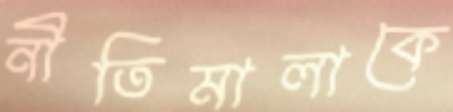
নীতিমালাকে